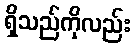
ရှိသည်ကိုလည်း